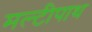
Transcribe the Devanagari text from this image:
मल्टीपाथ